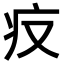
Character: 𤴨